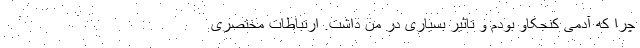
چرا که آدمی کنجکاو بودم و تاثیر بسیاری در من داشت. ارتباطات مختصری